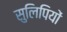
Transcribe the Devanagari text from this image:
सुलिपियों